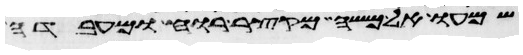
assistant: שמעו אל משה מקצר רוח ומעבדה